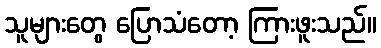
သူများတွေ ပြောသံတော့ ကြားဖူးသည်။